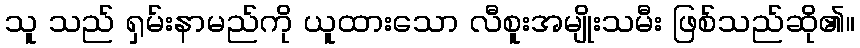
သူ သည် ရှမ်းနာမည်ကို ယူထားသော လီစူးအမျိုးသမီး ဖြစ်သည်ဆို၏။